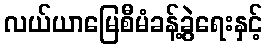
လယ်ယာမြေစီမံခန့်ခွဲရေးနှင့်